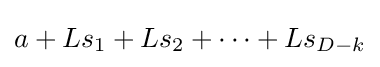
a+Ls_{1}+Ls_{2}+\cdots +Ls_{D-k}